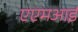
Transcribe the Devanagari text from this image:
एएमआई